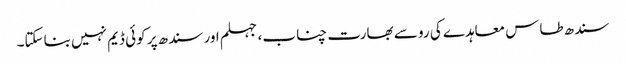
سندھ طاس معاہدے کی رو سے بھارت چناب، جہلم اور سندھ پر کوئی ڈیم نہیں بناسکتا۔